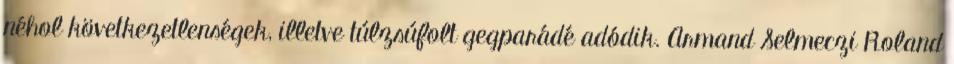
néhol következetlenségek, illetve túlzsúfolt gegparádé adódik. Armand Selmeczi Roland